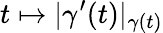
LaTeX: t\mapsto|\gamma^{\prime}(t)|_{\gamma(t)}